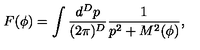
F ( \phi ) = \int \frac { d ^ { D } p } { ( 2 \pi ) ^ { D } } \frac { 1 } { p ^ { 2 } + M ^ { 2 } ( \phi ) } ,